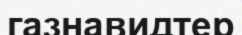
газнавидтер